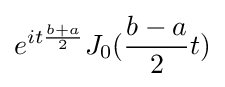
e^{it{\frac {b+a}{2}}}J_{0}({\frac {b-a}{2}}t)